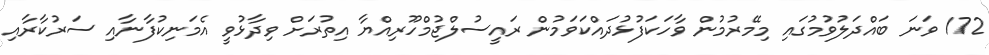
172 ވަނަ ބައްދަލުވުމުގައި މިމޭރުމުން ވާހަކަފުޅުދައްކަވަމުން ރައީސުލްޖުމްހޫރިއްޔާ އިތުރަށް ވިދާޅުވީ އެމަނިކުފާނާއި ސަރުކާރާއި